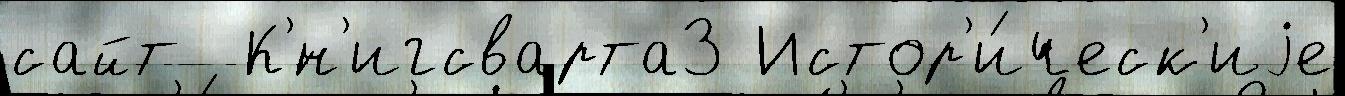
сайт  К'́н'игсварта3 Истор'и́ческ'иjе